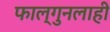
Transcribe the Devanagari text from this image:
फाल्गुनलाही